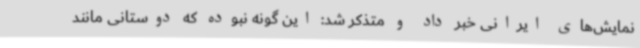
نمایش‌های ایرانی خبر داد و متذکر شد: این گونه نبوده که دوستانی مانند